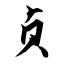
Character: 贞